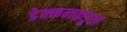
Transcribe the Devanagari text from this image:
डेक्कनकडून